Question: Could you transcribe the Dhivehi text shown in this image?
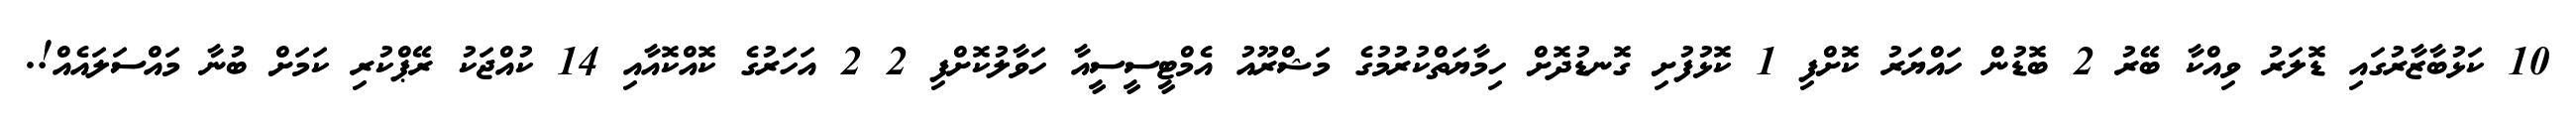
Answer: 10 ކަޅުބާޒާރުގައި ޑޮލަރު ވިއްކާ ބޭރު 2 ބޮޑުން ހައްޔަރު ކޮށްފި 1 ކޮޅުފުށި ގޮނޑުދޮށް ހިމާޔަތްކުރުމުގެ މަޝްރޫއު އެމްޓީސީސީއާ ހަވާލުކޮށްފި 2 2 އަހަރުގެ ކޮއްކޮއާއި 14 ކުއްޖަކު ރޭޕްކުރި ކަމަށް ބުނާ މައްސަލައެއް!.